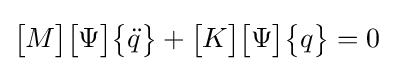
{\begin{bmatrix}M\end{bmatrix}}{\begin{bmatrix}\Psi \end{bmatrix}}{\begin{Bmatrix}{\ddot {q}}\end{Bmatrix}}+{\begin{bmatrix}K\end{bmatrix}}{\begin{bmatrix}\Psi \end{bmatrix}}{\begin{Bmatrix}q\end{Bmatrix}}=0